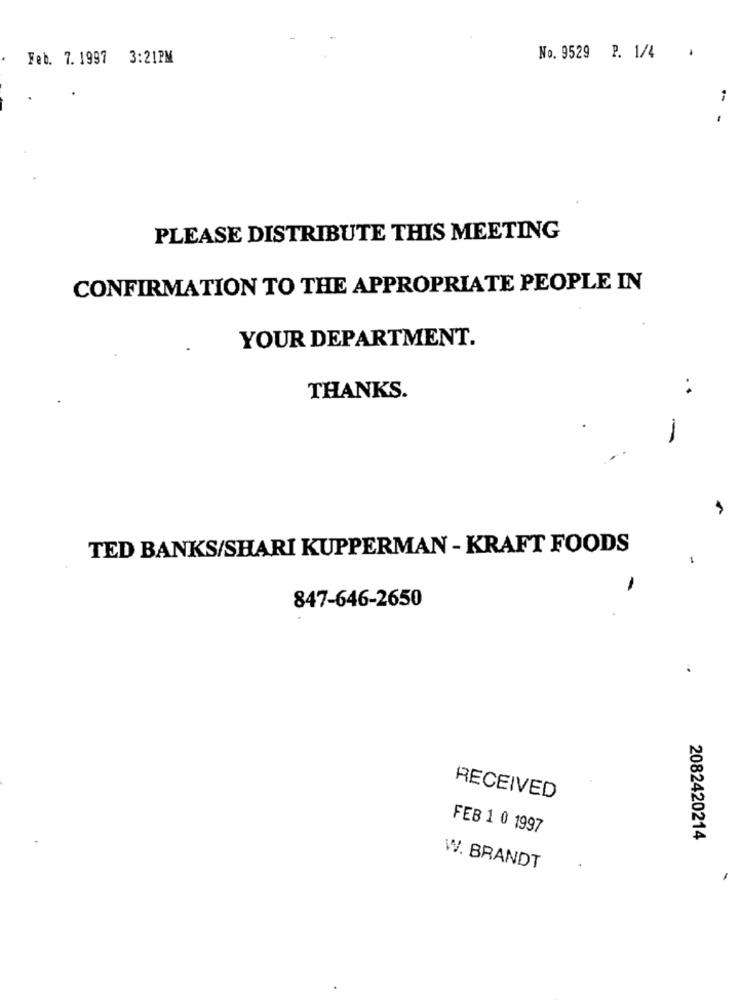
Feb. 7.1997 3:21PM
No. 9529 P. 1/4
--
PLEASE DISTRIBUTE THIS MEETING
CONFIRMATION TO THE APPROPRIATE PEOPLE IN
YOUR DEPARTMENT.
THANKS.
TED BANKS/SHARI KUPPERMAN - KRAFT FOODS
-
-
847-646-2650
RECEIVED
FEB 1 0 1997
2082420214
W. BRANDT